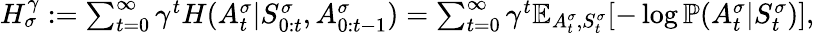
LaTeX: \begin{array}{r}{H_{\sigma}^{\gamma}:=\sum_{t=0}^{\infty}\gamma^{t}H(A_{t}^{\sigma}|S_{0:t}^{\sigma},A_{0:t-1}^{\sigma})=\sum_{t=0}^{\infty}\gamma^{t}\mathbb{E}_{A_{t}^{\sigma},S_{t}^{\sigma}}[-\log\mathbb{P}(A_{t}^{\sigma}|S_{t}^{\sigma})],}\end{array}